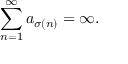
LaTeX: \sum _ { n = 1 } ^ { \infty } a _ { \sigma ( n ) } = \infty .